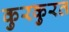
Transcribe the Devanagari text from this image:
कुरकुरत